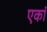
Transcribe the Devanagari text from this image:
एकां